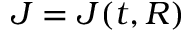
J = J ( t , R )